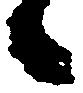
候